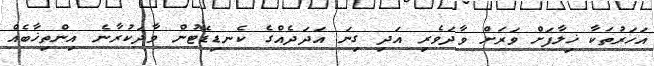
އަހަރުތަކާ ޚިލާފަށް ވަރަށް ވާދަވެރި އަދި ގިނަ އަދަދެއްގެ ކެނޑިޑޭޓުން ވާދަކުރާނެ އިންތިޚާބެއް